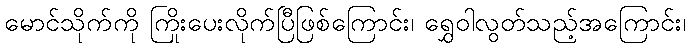
မောင်သိုက်ကို ကြိုးပေးလိုက်ပြီဖြစ်ကြောင်း၊ ရွှေဝါလွတ်သည့်အကြောင်း၊